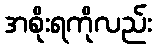
အစိုးရကိုလည်း